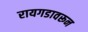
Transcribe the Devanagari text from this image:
रायगडावरून